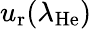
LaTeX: u_{\mathrm{r}}(\lambda_{\mathrm{He}})